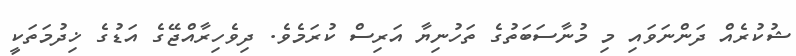
ޝުކުރެއް ދަންނަވައި މި މުނާސަބަތުގެ ތަހުނިޔާ އަރިސް ކުރަމެވެ. ދިވެހިރާއްޖޭގެ އަޑުގެ ޚިދުމަތަކީ